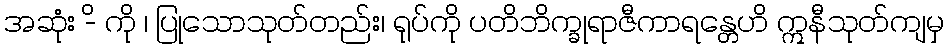
အဆုံး -ိ ကို ၊ ပြုသောသုတ်တည်း၊ ရုပ်ကို ပတိဘိက္ခုရာဇီကာရန္တေဟိ ဣနီသုတ်ကျမှ